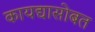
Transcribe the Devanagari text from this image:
कायद्यासोबत